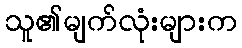
သူ၏မျက်လုံးများက